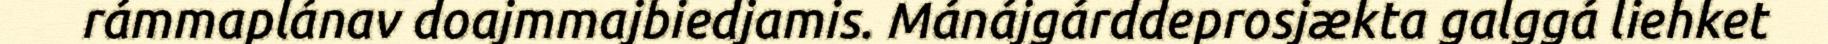
rámmaplánav doajmmajbiedjamis. Mánájgárddeprosjækta galggá liehket